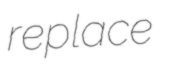
replace